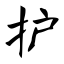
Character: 护